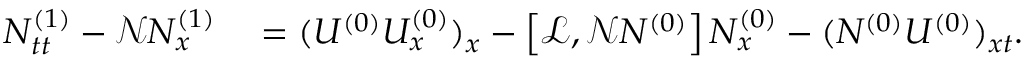
\begin{array} { r l } { N _ { t t } ^ { ( 1 ) } - \mathscr { N } N _ { x } ^ { ( 1 ) } } & { { } = ( U ^ { ( 0 ) } U _ { x } ^ { ( 0 ) } ) _ { x } - \left[ \mathscr { L } , \mathscr { N } N ^ { ( 0 ) } \right] N _ { x } ^ { ( 0 ) } - ( N ^ { ( 0 ) } U ^ { ( 0 ) } ) _ { x t } . } \end{array}